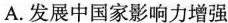
A.发展中国家影响力增强